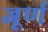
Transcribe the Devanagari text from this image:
जूर्ण